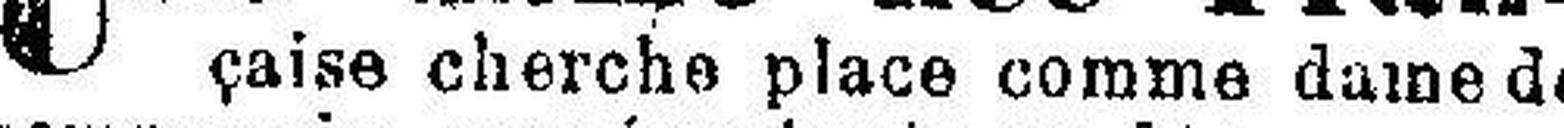
çaise cherche place comme dame de